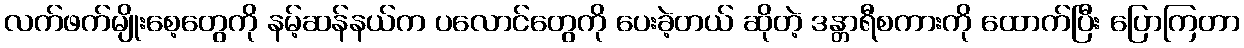
လက်ဖက်မျိုးစေ့တွေကို နမ့်ဆန်နယ်က ပလောင်တွေကို ပေးခဲ့တယ် ဆိုတဲ့ ဒန္တာရီစကားကို ထောက်ပြီး ပြောကြတာ